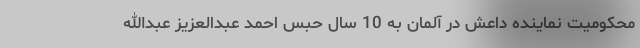
محکومیت نماینده داعش در آلمان به 10 سال حبس احمد عبدالعزیز عبدالله